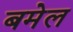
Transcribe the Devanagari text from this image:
बमेल